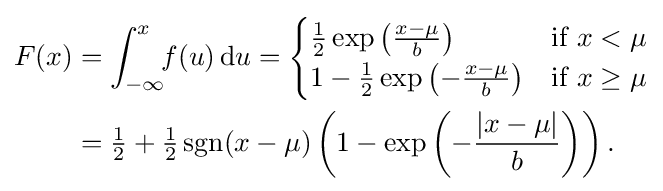
{\begin{aligned}F(x)&=\int _{-\infty }^{x}\!\!f(u)\,\mathrm {d} u={\begin{cases}{\frac {1}{2}}\exp \left({\frac {x-\mu }{b}}\right)&{\mbox{if }}x<\mu \\1-{\frac {1}{2}}\exp \left(-{\frac {x-\mu }{b}}\right)&{\mbox{if }}x\geq \mu \end{cases}}\\&={\tfrac {1}{2}}+{\tfrac {1}{2}}\operatorname {sgn}(x-\mu )\left(1-\exp \left(-{\frac {|x-\mu |}{b}}\right)\right).\end{aligned}}